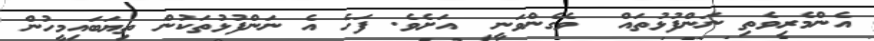
އެންމެރިވެތި ނަންފުޅުތައް  ވެގެންވަނީ  އަށެވެ. ފަހެ އެ ނަންފުޅުތަކުން ތިޔަބައިމީހުން